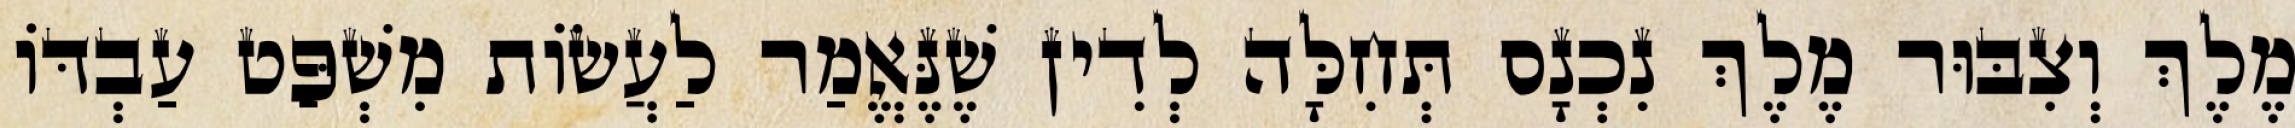
מֶלֶךְ וְצִבּוּר מֶלֶךְ נִכְנָס תְּחִלָּה לְדִין שֶׁנֶּאֱמַר לַעֲשׂוֹת מִשְׁפַּט עַבְדּוֹ